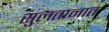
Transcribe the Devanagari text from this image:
सुलतानात